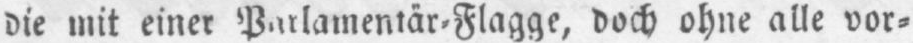
doch ohne alle vor⸗